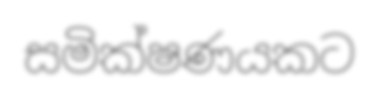
සමික්ෂණයකට